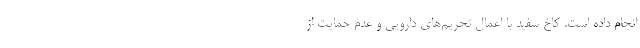
انجام داده است. کاخ سفید با اعمال تحریم‌های دارویی و عدم حمایت از